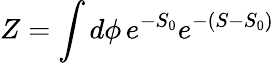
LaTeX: Z=\int d\phi\, e^{-S_{0}}e^{-(S-S_{0})}